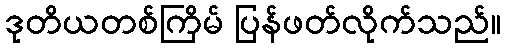
ဒုတိယတစ်ကြိမ် ပြန်ဖတ်လိုက်သည်။